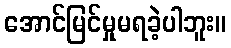
အောင်မြင်မှုမရခဲ့ပါဘူး။